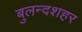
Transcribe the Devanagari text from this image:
बुलन्‍दशहर